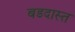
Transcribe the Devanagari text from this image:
बडदास्त